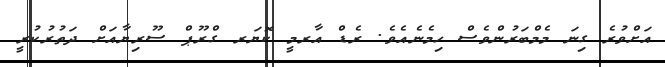
އަށްވުރެ ގިނަ މެމްބަރުންވެސް ހިމެނެއެވެ. ރެޑް އާރމީ ކޮޔަރ ގްރޫޕް ސޫރިޔާއަށް ދަތުރުކުރީ